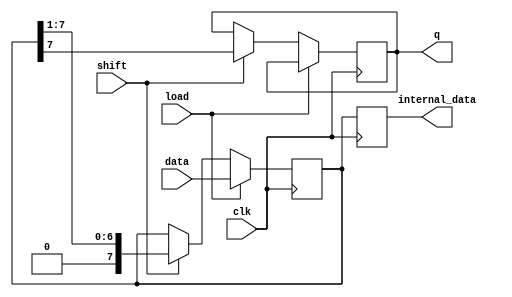
module PISO_Register(
    input wire clk,         // Clock signal
    input wire load,        // Load signal
    input wire shift,       // Shift signal
    input wire [n-1:0] data, // Parallel data input
    output reg q,          // Serial output
    output reg [n-1:0] internal_data // For internal data verification (optional)
);
    parameter n = 8; // Adjust the width of the register as needed

    reg [n-1:0] shift_reg; // Shift register holds the data

    always @(posedge clk) begin
        if (load) begin
            // Load the input data into the shift register when LOAD is asserted
            shift_reg <= data;
        end else if (shift) begin
            // Shift operation
            q <= shift_reg[n-1]; // Output the MSB first
            shift_reg <= {1'b0, shift_reg[n-1:1]}; // Shift left
        end
        internal_data <= shift_reg; // Update internal data for verification
    end
endmodule